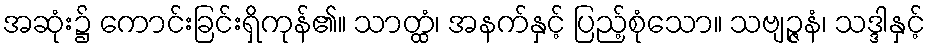
အဆုံး၌ ကောင်းခြင်းရှိကုန်၏။ သာတ္ထံ၊ အနက်နှင့် ပြည့်စုံသော။ သဗျဉ္ဇနံ၊ သဒ္ဒါနှင့်